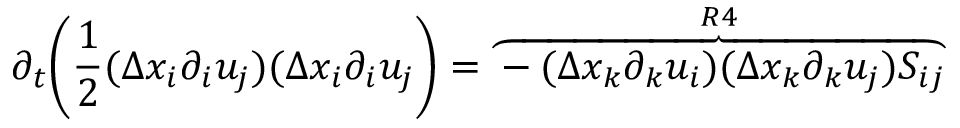
\partial _ { t } \bigg ( \frac { 1 } { 2 } ( \Delta x _ { i } \partial _ { i } u _ { j } ) ( \Delta x _ { i } \partial _ { i } u _ { j } \bigg ) = \overbrace { - ( \Delta x _ { k } \partial _ { k } u _ { i } ) ( \Delta x _ { k } \partial _ { k } u _ { j } ) S _ { i j } } ^ { R 4 }